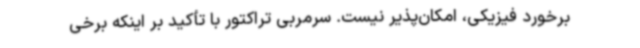
برخورد فیزیکی، امکان‌پذیر نیست. سرمربی تراکتور با تأکید بر اینکه برخی